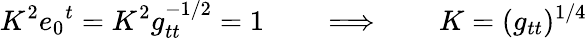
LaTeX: K^{2}e_{0}{}^{t}=K^{2}g_{tt}^{-1/2}=1\qquad\Longrightarrow\qquad K=(g_{tt})^{1/4}